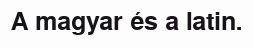
A magyar és a latin.